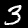
Label: 3